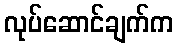
လုပ်ဆောင်ချက်က